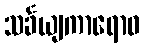
သင်္ခယျကာရောဝ